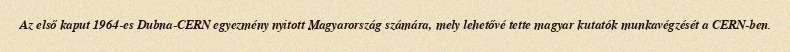
Az első kaput 1964-es Dubna-CERN egyezmény nyitott Magyarország számára, mely lehetővé tette magyar kutatók munkavégzését a CERN-ben.